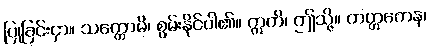
ပြုခြင်းငှာ။ သက္ကောမိ၊ စွမ်းနိုင်ပါ၏။ ဣတိ၊ ဤသို့။ တတ္တကေန၊